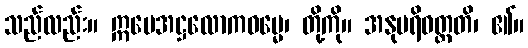
သည်လည်း။ ဣမေအဋ္ဌလောကဓမ္မေ၊ တို့ကို။ အနုပရိဝတ္တတိ၊ ၏။